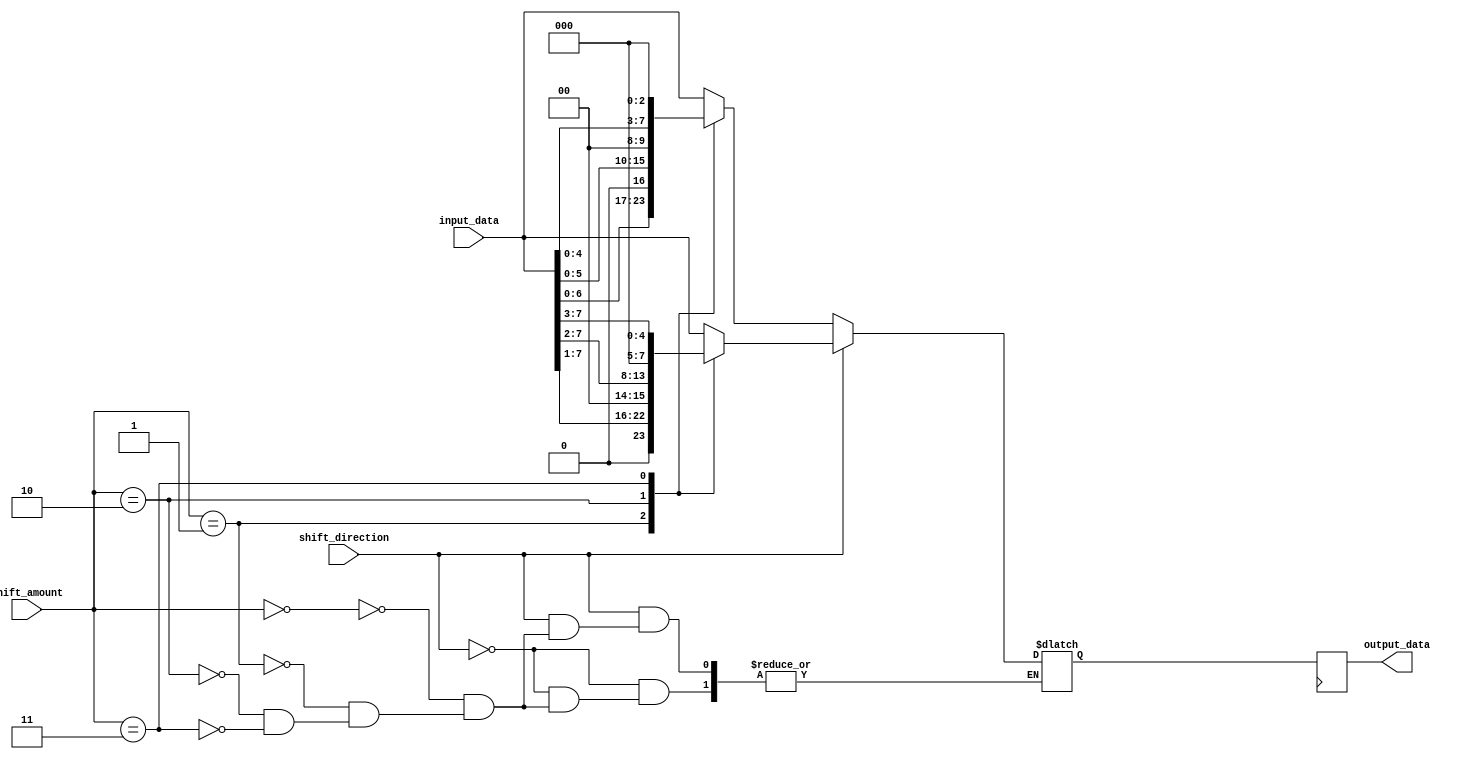
module barrel_shifter (
    input wire [7:0] input_data,
    input wire [2:0] shift_amount,
    input wire shift_direction, // 0: left shift, 1: right shift
    output reg [7:0] output_data
);

reg [7:0] shifted_data;

always @(*) begin
    if (shift_direction == 0) begin // left shift
        case(shift_amount)
            3'd0: shifted_data = input_data;
            3'd1: shifted_data = {input_data[6:0], 1'b0};
            3'd2: shifted_data = {input_data[5:0], 2'b00};
            3'd3: shifted_data = {input_data[4:0], 3'b000};
            // Add more cases for larger shift amounts
        endcase
    end else begin // right shift
        case(shift_amount)
            3'd0: shifted_data = input_data;
            3'd1: shifted_data = {1'b0, input_data[7:1]};
            3'd2: shifted_data = {2'b00, input_data[7:2]};
            3'd3: shifted_data = {3'b000, input_data[7:3]};
            // Add more cases for larger shift amounts
        endcase
    end
end

always @(posedge clk) begin
    output_data <= shifted_data;
end

endmodule